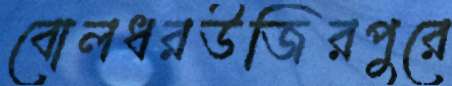
বোলধরউজিরপুরে